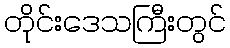
တိုင်းဒေသကြီးတွင်